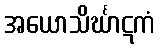
အယောသိင်္ဃာဋကံ